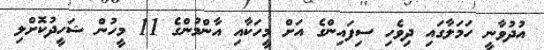
އުދުވާނީ ހަމަލާގައި ދިވެހި ސިފައިންގެ އަށް މީހަކާއި އާންމުންގެ 11 މީހުން ޝަހީދުކޮށްލި